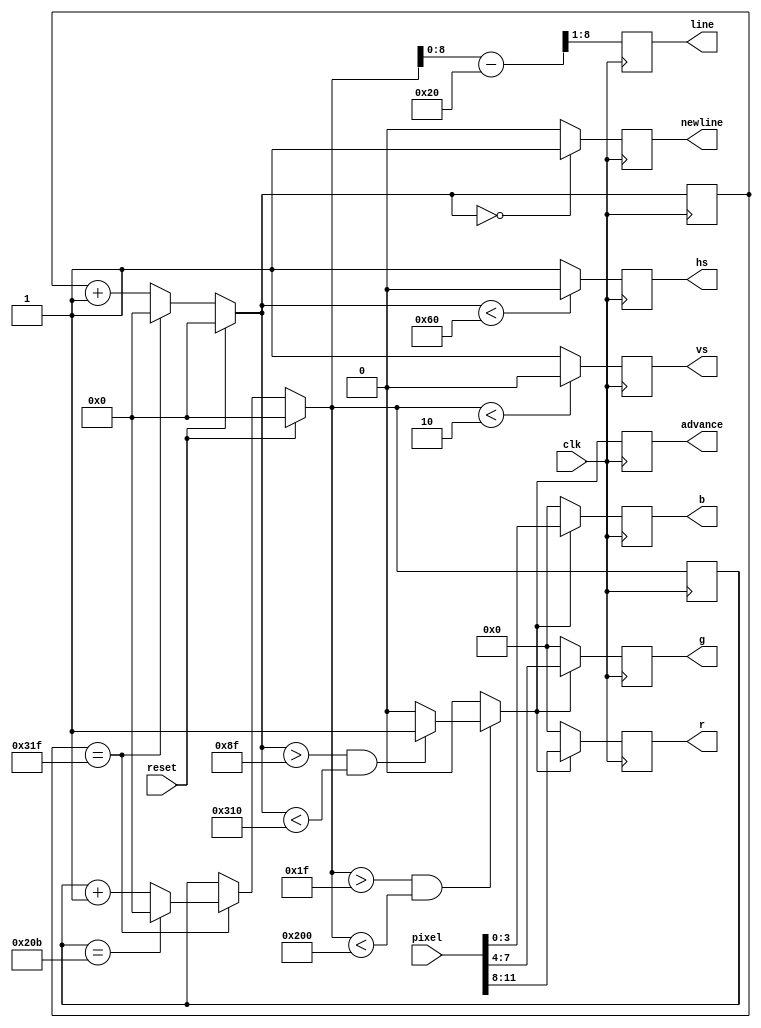
// Copyright 2012, Brian Swetland

`timescale 1ns/1ns

// Vert:  2xSync 30xBack 480xData 12xFront  -> 524 lines
// Horz: 96xSync 48xBack 640xData 16xFront  -> 800 pixels
//
// CLK: 25MHz, px=40nS, line=32uS, frame=16.768mS

module vga(
	input clk,
	input reset,
	output reg hs,
	output reg vs,
	output reg [3:0] r,
	output reg [3:0] g,
	output reg [3:0] b,

	output reg newline,
	output reg advance,
	output reg [7:0] line,
	input [11:0] pixel
	);

reg [9:0] hcount;
reg [9:0] vcount;

reg [9:0] next_hcount;
reg [9:0] next_vcount;
reg next_hs, next_vs;
reg active;
reg next_startline;
reg [9:0] next_line;

always @* begin
	if (hcount == 10'd799) begin
		if (vcount == 10'd523)
			next_vcount = 10'd0;
		else
			next_vcount = vcount + 10'd1;
		next_hcount = 10'd0;
	end else begin
		next_vcount = vcount;
		next_hcount = hcount + 10'd1;
	end

	if (reset) begin
		next_hcount = 10'd0;
		next_vcount = 10'd0;
	end

	if (next_hcount == 0)
		next_startline = 1'b1;
	else
		next_startline = 1'b0;

	if (next_hcount < 10'd96)
		next_hs = 1'b0;
	else
		next_hs = 1'b1;

	if (next_vcount < 10'd2)
		next_vs = 1'b0;
	else
		next_vs = 1'b1;

	active = 1'b0;
	if ((next_vcount > 31) && (next_vcount < 512))
		if ((next_hcount > 143) && (next_hcount < 784))
			active = 1'b1;

	next_line = next_vcount - 10'd32;
end

always @(posedge clk) begin
	hcount <= next_hcount;
	vcount <= next_vcount;
	hs <= next_hs;
	vs <= next_vs;

	/* signals to pixel generator */
	newline <= next_startline;
	advance <= active;
	line <= next_line[8:1];

	if (active) begin
		r <= pixel[11:8];
		g <= pixel[7:4];
		b <= pixel[3:0];
	end else begin
		r <= 4'd0;
		g <= 4'd0;
		b <= 4'd0;
	end
end

endmodule